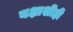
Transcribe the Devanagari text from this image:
यक्षाशीही